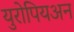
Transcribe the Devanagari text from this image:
युरोपियअन